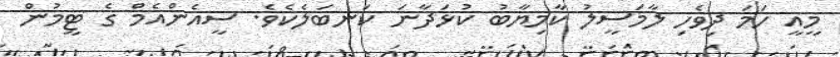
މީއީ ހަމަ ދިވެހި ލާމަސީލު ކާމިޔާބު ކުޅަދާނަ ކަނބަލެކެވެ. ސީއެންއެމް ގެ ޓީމުން